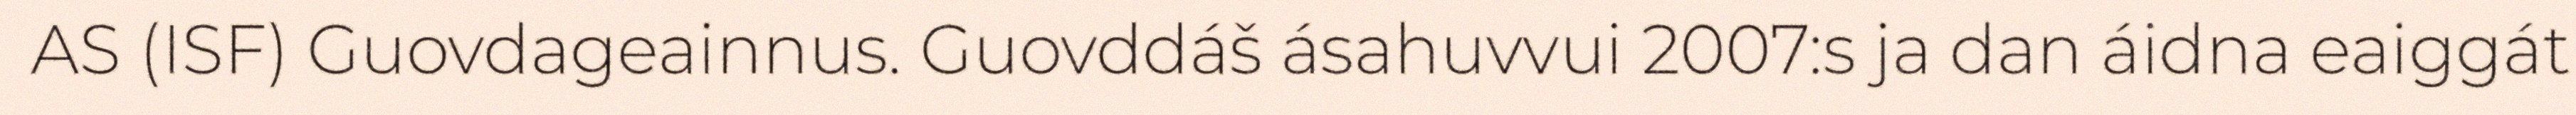
AS (ISF) Guovdageainnus. Guovddáš ásahuvvui 2007:s ja dan áidna eaiggát